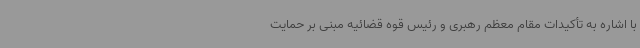
با اشاره به تأکیدات مقام معظم رهبری و رئیس قوه قضائیه مبنی بر حمایت